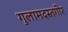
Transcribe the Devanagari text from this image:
गुलामदस्तगीर